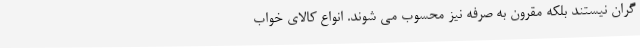
گران نیستند بلکه مقرون به صرفه نیز محسوب می شوند. انواع کالای خواب